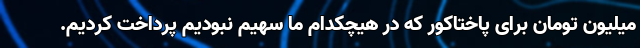
میلیون تومان برای پاختاکور که در هیچکدام ما سهیم نبودیم پرداخت کردیم.